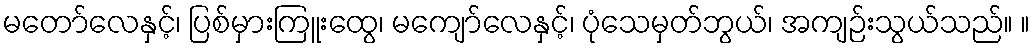
မတော်လေနှင့်၊ ပြစ်မှားကြူးထွေ၊ မကျော်လေနှင့်၊ ပုံသေမှတ်ဘွယ်၊ အကျဉ်းသွယ်သည်။ ။